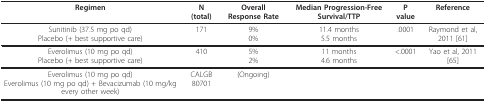
<table><thead><tr><td><b>Regimen</b></td><td><b>N(total)</b></td><td><b>Overall Response Rate</b></td><td><b>Median Progression-Free Survival/TTP</b></td><td><b>P value</b></td><td><b>Reference</b></td></tr></thead><tbody><tr><td>Sunitinib (37.5 mg po qd)Placebo (+ best supportive care)</td><td>171</td><td>9%0%</td><td>11.4 months5.5 months</td><td>.0001</td><td>Raymond et al, 2011 [61]</td></tr><tr><td>Everolimus (10 mg po qd)Placebo (+ best supportive care)</td><td>410</td><td>5%2%</td><td>11 months4.6 months</td><td>&lt;.0001</td><td>Yao et al, 2011 [65]</td></tr><tr><td>Everolimus (10 mg po qd)Everolimus (10 mg po qd) + Bevacizumab (10 mg/kg every other week)</td><td>CALGB 80701</td><td>(Ongoing)</td><td></td><td></td><td></td></tr></tbody></table>